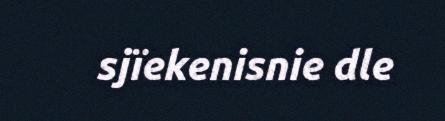
sjïekenisnie dle